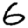
Digit: 6